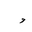
Letter: _waw